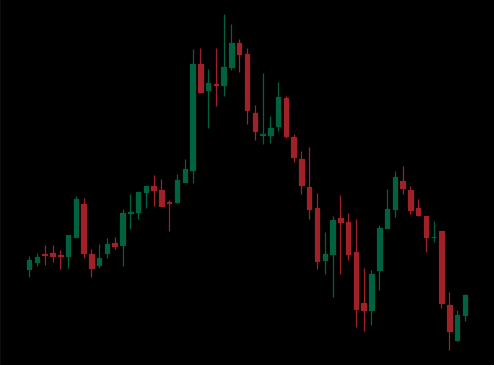
Pattern: head_shoulders